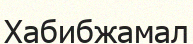
Хабибжамал